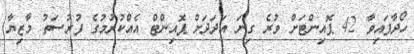
ހޯދާފައިވާ 42 ޕޮއިންޓަށް ވުރެ ގިނަ އަދަދަށް ޕޮއިންޓް އެއްކުރުމުގެ ފުރުސަތު މާޒިޔާ